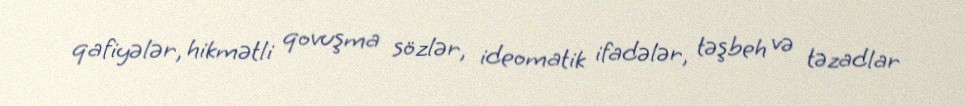
qafiyələr, hikmətli qovuşma sözlər, ideomatik ifadələr, təşbeh və təzadlar